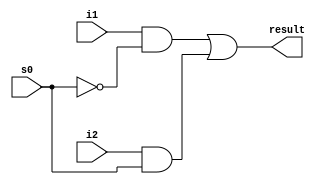
module mux2to1_1bit(result, i1,i2,s0);
	output result;
	input i1,i2,s0;
	wire s0_not,and1,and2;
	not for_s0(s0_not,s0);
	and for_and1(and1,i1,s0_not);
	and for_and2(and2,i2,s0);
	or resultor(result,and1,and2);
endmodule